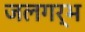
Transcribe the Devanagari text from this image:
जलगर्भ